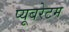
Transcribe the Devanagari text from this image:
प्यूबरेटम